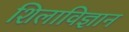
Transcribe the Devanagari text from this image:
शिलाविज्ञान